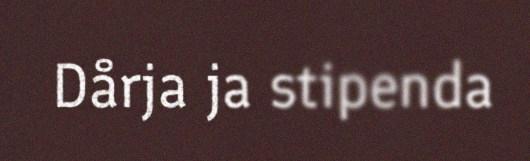
Dårja ja stipenda